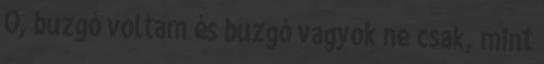
Ó, buzgó voltam és buzgó vagyok ne csak, mint